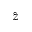
\hat { z }